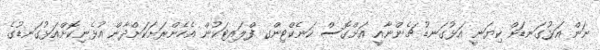
ނަން އަޅުގަނޑަށް ކިޔަނީ އަޅުގަނޑު ޗެންނާއީ އަށްގޮސް ކަނެކްޓިންގ ފްލައިޓަކުން އެހެންރަށަކަށްދާން އުޅެނިކޮށްްއަޅުގަނޑުގެ